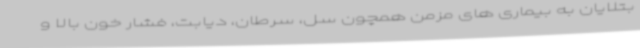
بتلایان به بیماری های مزمن همچون سل، سرطان، دیابت، فشار خون بالا و